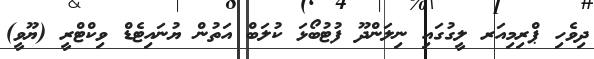
ދިވެހި ޕްރިމިއަރ ލީގުގައި ނިލަންދޫ ފުޓުބޯޅަ ކުލަބް އަތުން ޔުނައިޓެޑް ވިކްޓްރީ (ޔޫވީ)